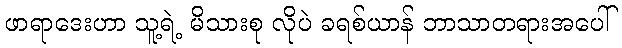
ဖာရာဒေးဟာ သူ့ရဲ့ မိသားစု လိုပဲ ခရစ်ယာန် ဘာသာတရားအပေါ်